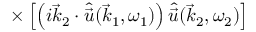
\times \left[ \left( i \vec { k } _ { 2 } \cdot \hat { \vec { u } } ( \vec { k } _ { 1 } , \omega _ { 1 } ) \right) \hat { \vec { u } } ( \vec { k } _ { 2 } , \omega _ { 2 } ) \right]